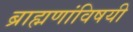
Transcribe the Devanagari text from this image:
ब्राह्मणांविषयी